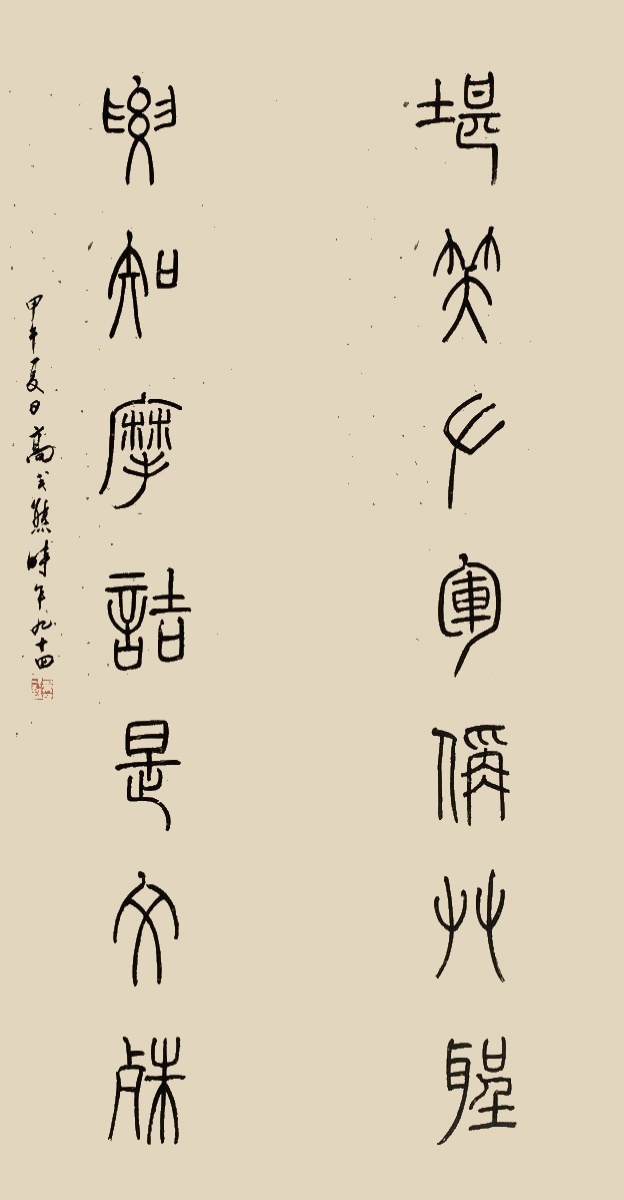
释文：堪笑右军称草圣，要知摩诘是文殊。甲午夏日，高式熊，时年九十四。